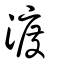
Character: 渡